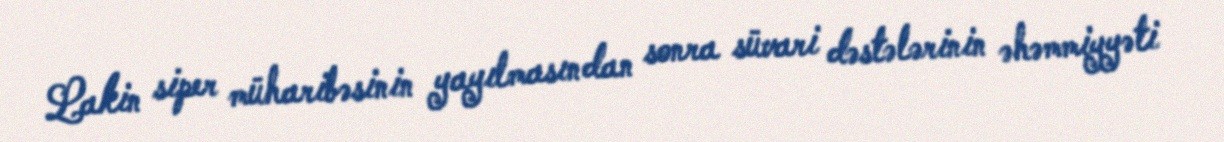
Lakin siper müharibəsinin yayılmasından sonra süvari dəstələrinin əhəmmiyyəti